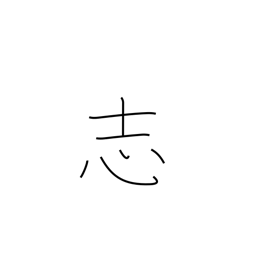
Meaning: shilling